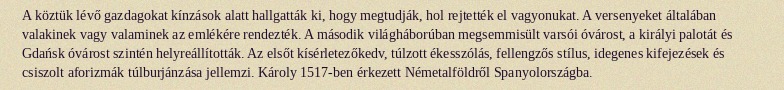
A köztük lévő gazdagokat kínzások alatt hallgatták ki, hogy megtudják, hol rejtették el vagyonukat. A versenyeket általában valakinek vagy valaminek az emlékére rendezték. A második világháborúban megsemmisült varsói óvárost, a királyi palotát és Gdańsk óvárost szintén helyreállították. Az elsőt kísérletezőkedv, túlzott ékesszólás, fellengzős stílus, idegenes kifejezések és csiszolt aforizmák túlburjánzása jellemzi. Károly 1517-ben érkezett Németalföldről Spanyolországba.